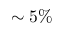
\sim 5 \%